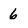
Character: 6